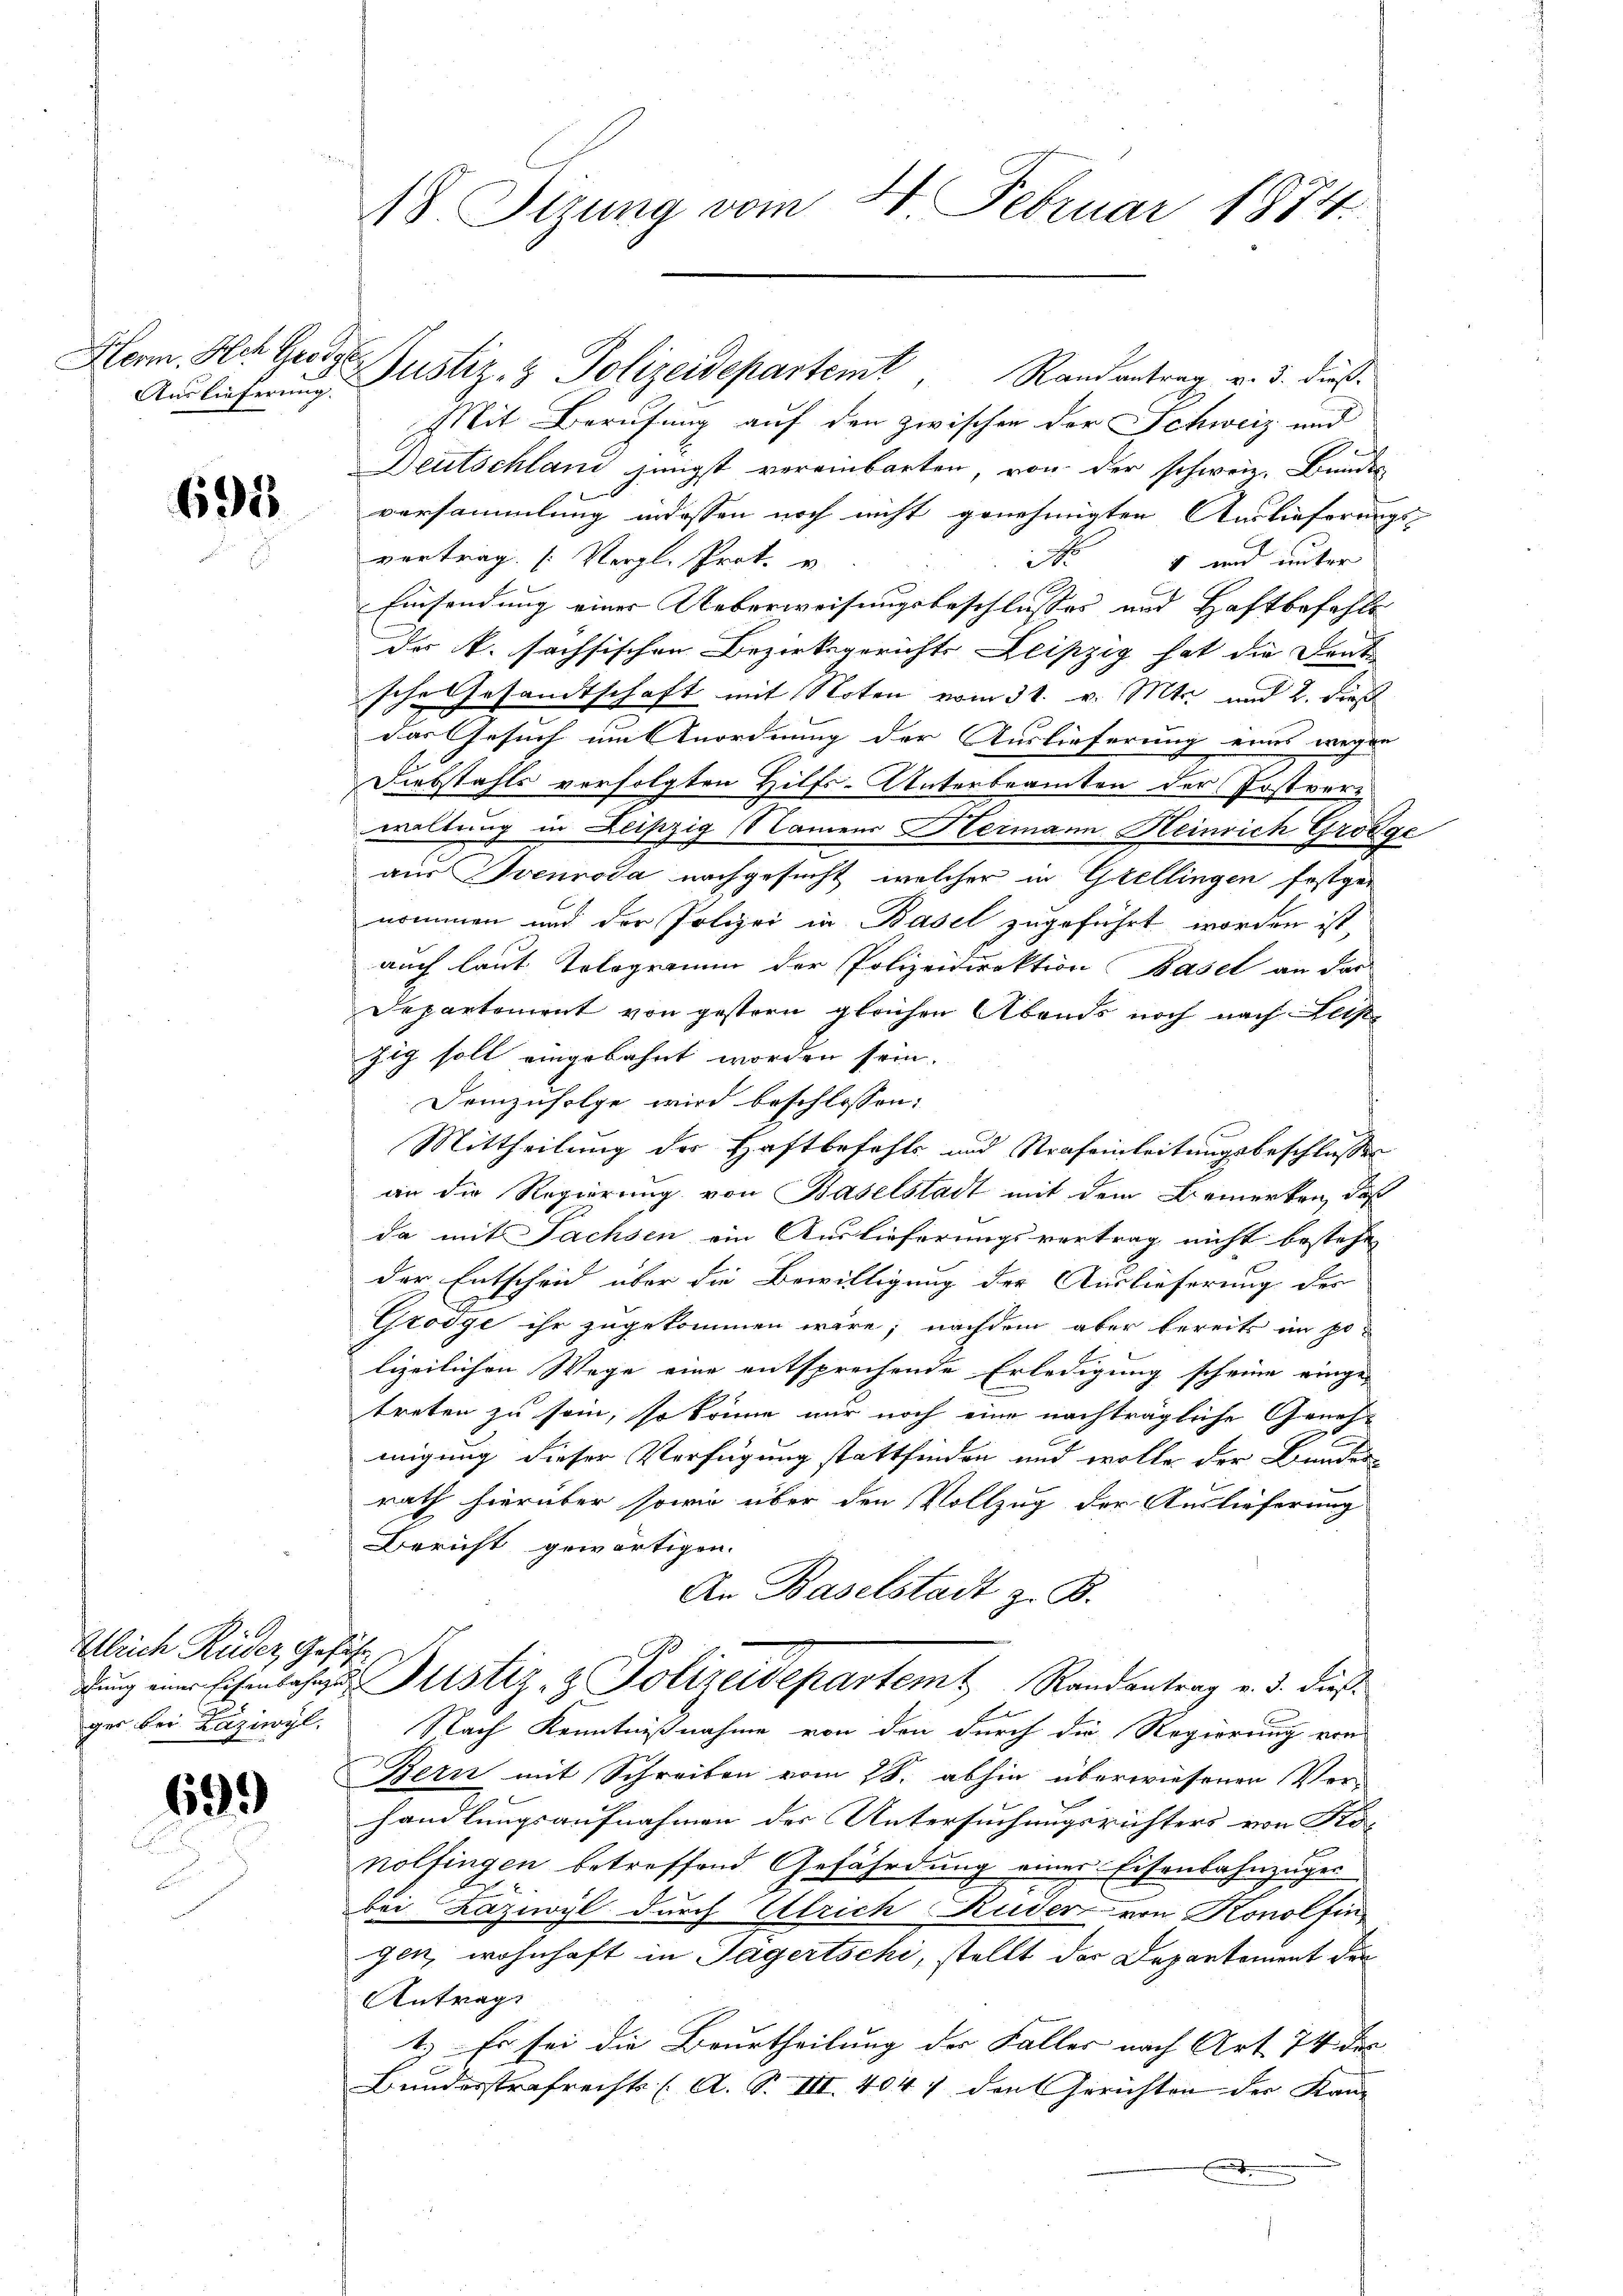
Herm. Ach George

691

Ulrich Rüeder Geführ
u
ger bei Laziwyl,

69.)

18 Sizung vom 24. Februar 1874.

Auslieferung Justiz- & Polizeidepartemt, Randantrag v. 3. dieß¬
Mit Berufung auf den zwischen der Schweiz und
Deutschland jüngst vereinbarten, von der schweiz. Bundes
versammlung indessen noch nicht genehmigten Auslieferungs-
vortrag (Vergl. Prot. v.
No 4 und unter
Einsendung einer Ueberweisungsbeschlusses und Haftbefehle
das k. sachsischen Bezirksgerichts Leipzig hat die Deut
sche Gesandtschaft mit Noten vom 31. v. Mts. und 2. dieß
das Gesuch um Anordnung der Auslieferung eines wegen
Diebstahls verfolgten Hilfs-Unterbeamten der Postverwaltung in Leipzig Namens Hermann Heinrich Grodge
aus Svenroda nachgesucht, welcher in Grellingen festgenommen und der Polizei in Basel zugeführt worden ist,
auch laut Telegramm der Polizeidirektion Basel an dar
Departement von gestern gleichen Abends noch nach Leiste
zig soll eingebahnt worden sein.
Demzufolge wird beschlossen:
Mittheilung der Haftbefehls und Strafeinleitungsbeschlusses
an die Regierung von Baselstadt mit dem Bemerken, daß
da mit Sachsen ein Auslieferungsvertrag nicht besteht
der Entscheid über die Bewilligung der Auslieferung der
Grodge ihr zugekommen wäre; nachdem aber bereits im po-
lizeilichen Wege eine entsprechende Erledigung scheine einge-
treten zu sein, so könne nur noch eine nachträgliche Geneh-
migung dieser Verfügung stattfinden und wolle der Bander
rath hierüber sowie über den Vollzug der Auslieferung
Bericht gewärtigen.
An Baselstadt z. B.
dŭng einer Eisenbahre Pustiz- & Polizeidepartem Randantrag v. 3. dies¬
Nach Kenntnißnahme von den durch die Regierung von
Bern mit Schreiben vom 28. abhin überwiesenen Ver-
handlungsaufnahmen der Untersuchungsrichters von Ronolfingen betreffend Gefährdung eines Eisenbahnzüger
bei Laziwyl durch Ulrich Kuder von Konolfingen, wohnhaft in Tägertschi, stellt das Departement der
Antrag
1.) Es sei die Beurtheilung der Faller nach Art 74 der |
Bundesstrafrechts (A. S. III. 4047 den Gerichten der Kan¬
.